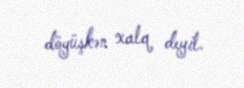
döyüşkən xalq deyil.